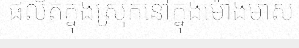
ផលិតក្នុងស្រុកនៅក្នុងម៉ោងមាស